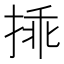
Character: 𢮿